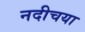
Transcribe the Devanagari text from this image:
नदीचया